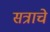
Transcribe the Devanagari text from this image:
सत्राचे